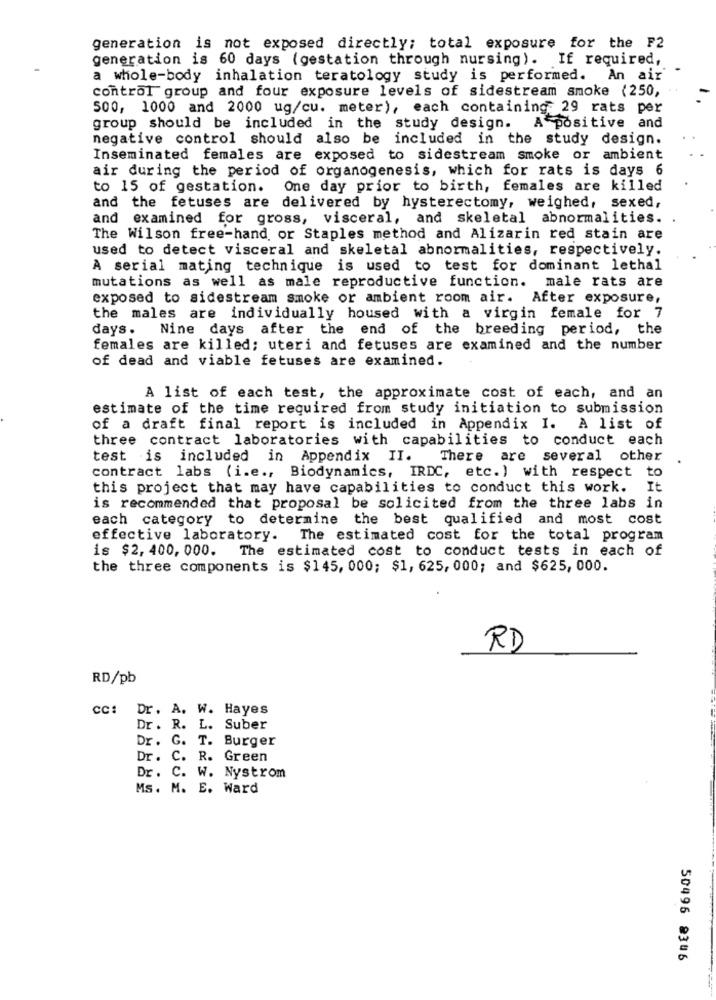
generation is not exposed directly; total exposure for the F2
generation is 60 days (gestation through nursing). If required,
a whole-body inhalation teratology study is performed. An air
control group and four exposure levels of sidestream smoke (250,
500, 1000 and 2000 ug/cu. meter), each containing 29 rats per
group should be included in the study design.
A positive and
negative control should also be included in the study design.
Inseminated females are exposed to sidestream smoke or ambient
air during the period of organogenesis, which for rats is days 6
to 15 of gestation.
One day prior to birth, females are killed
and the fetuses are delivered by hysterectomy, weighed, sexed,
and examined for gross, visceral, and skeletal abnormalities.
The Wilson free-hand or Staples method and Alizarin red stain are
used to detect visceral and skeletal abnormalities, respectively.
A serial mating technique is used to test for dominant lethal
mutations as well as male reproductive function. male rats are
exposed to sidestream smoke or ambient room air. After exposure,
the males are individually housed with a virgin female for 7
days .
Nine days after the end of the breeding period, the
females are killed; uteri and fetuses are examined and the number
of dead and viable fetuses are examined.
A list of each test, the approximate cost of each, and an
estimate of the time required from study initiation to submission
of a draft final report is included in Appendix I. A list of
three contract laboratories with capabilities to conduct each
test is included in Appendix II.
There are several other
contract labs (i.e ., Biodynamics, IRDC, etc. ) with respect to
this project that may have capabilities to conduct this work. It
is recommended that proposal be solicited from the three labs in
each category to determine the best qualified and most cost
effective laboratory. The estimated cost for the total program
is $2, 400, 000.
The estimated cost to conduct tests in each of
the three components is $145, 000; $1, 625, 000; and $625, 000.
RD
RD/pb
cc: Dr. A. W. Hayes
Dr . R. L. Suber
Dr. G. T. Burger
Dr. C. R. Green
Dr. C. W. Nystrom
Ms. M. E. Ward
50496 2306